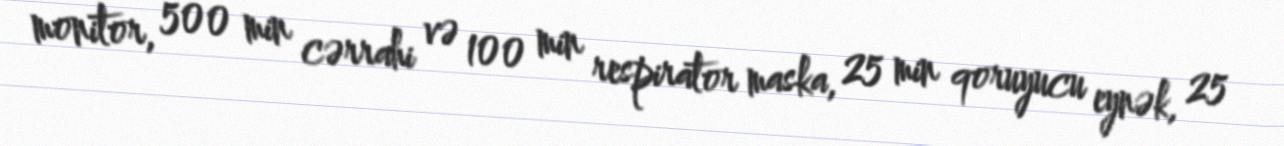
monitor, 500 min cərrahi və 100 min respirator maska, 25 min qoruyucu eynək, 25